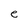
Character: e